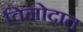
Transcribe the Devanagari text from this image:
विनोदात